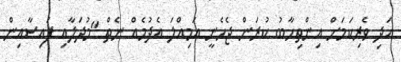
އަދި ވެރިކަމަށް އިންތިހާބު ކުރަން ޖެެހެނީ އަމިއްލަ އެދުމެއް ނެތް "މުދަލާއި ފައިސާއިން